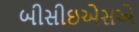
બીસીઇએસએ